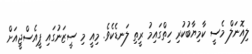
ލިއޮނަލް މެސީ ކާމިޔާބުކުރި ހިތްގައިމު ރީތި ލަނޑެކެވެ. މިއީ މި ސީޒަނުގައި ޕީއެސްޖީއަށް